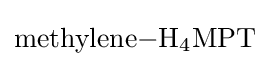
{\ce {methylene-H4MPT}}